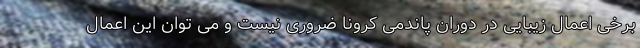
برخی اعمال زیبایی در دوران پاندمی کرونا ضروری نیست و می توان این اعمال